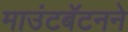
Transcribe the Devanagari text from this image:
माउंटबॅटनने